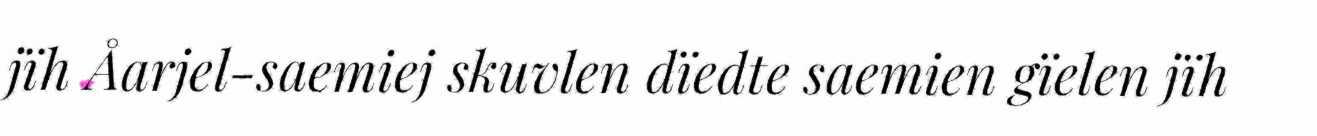
jïh Åarjel-saemiej skuvlen dïedte saemien gïelen jïh